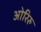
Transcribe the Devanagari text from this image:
ओरिरु